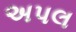
અપલ